Annual report on the working of the lock hospitals in the Central Provinces
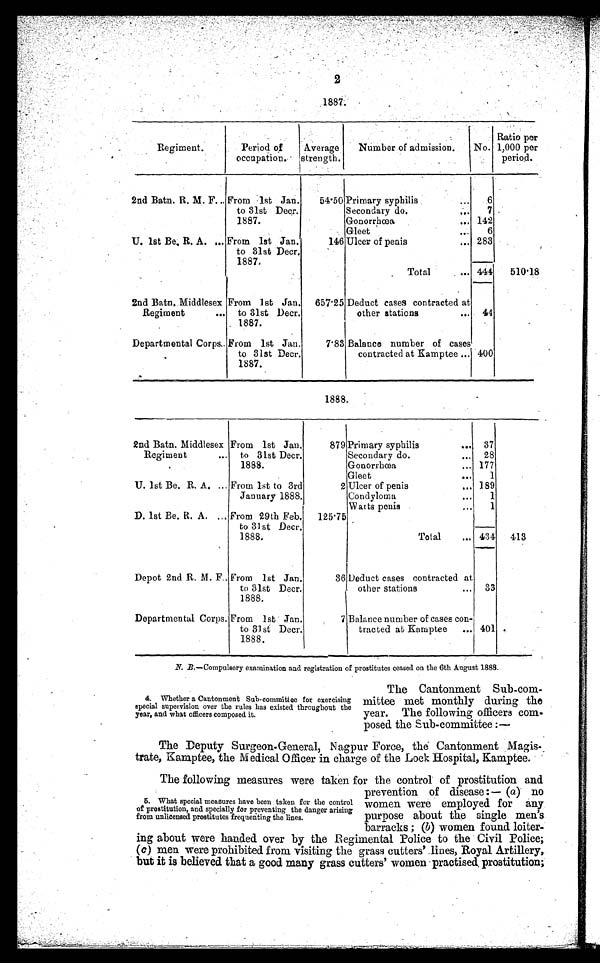
2
1887.
Regiment.
Period of
occupation.
Average
strength.
Number of admission.
No.
Ratio per
1,000 per
period.
2nd Batn. R. M. F... From 1st Jan.
to 31st Deer.
1887.
54·50 Primary syphilis
...
6
Secondary do.
7
142
Gonorrhœa
...
Gleet
6
U. 1st Be, R. A. ... From 1st Jan.
to 31st Deer.
1887.
146 Ulcer of penis
... 283
Total
.... 444
510·18
2nd Batn, Middlesex
Regiment
...
From 1st Jan.
to 31st Deer.
1887.
657·25 Deduct cases contracted at
other stations
... 44
Departmental Corps. From 1st Jan.
to 31st Deer.
1887.
7·83 Balance number of cases
contracted at Kamptee... 400
1888.
2nd Batn. Middlesex
Regiment
...
From 1st Jan.
to 31st Deer.
1888.
879 Primary syphilis
37
Secondary do.
28
177
Gonorrhœa
...
Glect
1
U. 1st Be. R. A. ... From 1st to 8rd
January 1888.
2 Ulcer of penis
189
1
Condyloma
...
1
Warts penis
...
D. 1st Be. R. A. ... From 29th Feb.
to 31st Deer.
1888.
125·75
Total
... 434
413
Depot 2nd R. M. F.. From 1st Jan.
to 31st Deer.
1888.
36 Deduct cases contracted at
other stations
... 33
Departmental Corps. From 1st Jan.
to 31st Decr.
1888.
7 Balance number of cases con-
tracted at Kamptee
... 401
N. B.—Compulsory examination and registration of prostitutes ceased on the 6th August 1888.
4. Whether a Cantonment Sub-committee for exercising
special supervision over the rules has existed throughout the
year, and what officers composed it.
The Cantonment Sub-com-
mittee met monthly during the
year. The following officers comp
posed the Sub-committee :—
The Deputy Surgeon-General, Nagpur Force, the Cantonment Magis-
trate, Kamptee, the Medical Officer in charge of the Lock Hospital, Kamptee.
The following measures were taken for the control of prostitution and
prevention of disease (a) no
women were employed for any
purpose about the single men's
barracks ; (b) women found. loiter
- i n g a b o u t w e r e h a n d e d o v e r b y t h e R e g i m e n t a l P o l i c e t o t h e C i v i l P o l i c e ;
(c) men were prohibited from visiting the grass cutters' lines, Royal Artillery,
but it is believed that a good many grass cutters' women practised, prostitution;
5. What special measures have been taken for the control
of prostitution, and specially for preventing the danger arising
from unlicensed prostitutes frequenting the lines.